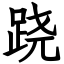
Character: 跷